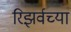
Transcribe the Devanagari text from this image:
रिझर्वच्या